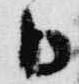
日